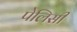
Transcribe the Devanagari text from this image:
पेलिसी